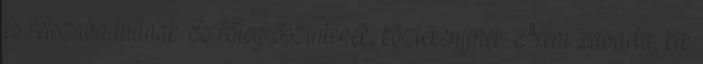
és felszabadultnak. És főleg őszintének, közlé­keny­nek. Nem zavarta, kik